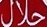
حلال